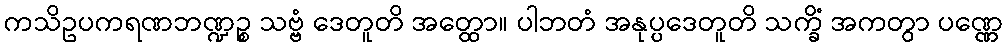
ကသိဥပကရဏဘဏ္ဍဉ္စ သဗ္ဗံ ဒေတူတိ အတ္ထော။ ပါဘတံ အနုပ္ပဒေတူတိ သက္ခိံ အကတွာ ပဏ္ဏေ